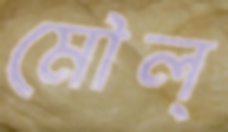
মৌল্